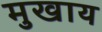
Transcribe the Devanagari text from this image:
मुखाय